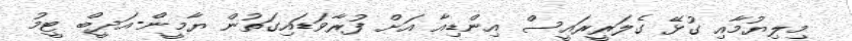
މިލިޔުމާއި ގުޅޭ ގެލަރީރައީސް އިންޑިއާ އަށް ފުރާވަޑައިގަތުން ޔާމީން-އަދީބް ޓީމު